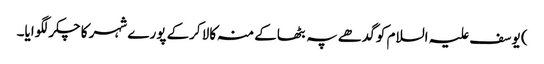
) یوسف علیہ السلام کو گدھے پہ بٹھاکے منہ کالا کرکے پورے شہر کا چکر لگوایا۔